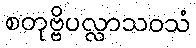
စတုဗ္ဗိပလ္လာသဝသံ